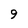
Character: 9